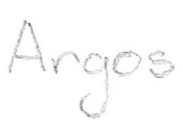
Text: Argos
Cross-out: clean
Writing tool: pencil